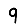
Digit: 9